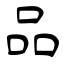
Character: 品